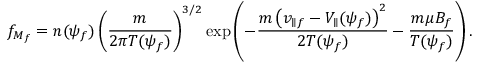
f _ { M _ { f } } = n ( \psi _ { f } ) \left( \frac { m } { 2 \pi T ( \psi _ { f } ) } \right) ^ { 3 / 2 } \exp \left( - \frac { m \left( v _ { \parallel f } - V _ { \parallel } ( \psi _ { f } ) \right) ^ { 2 } } { 2 T ( \psi _ { f } ) } - \frac { m \mu B _ { f } } { T ( \psi _ { f } ) } \right) .